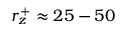
r _ { z } ^ { + } \approx 2 5 - 5 0